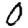
Digit: 0